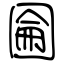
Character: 圇